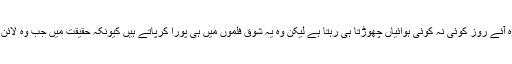
لاہور (ویب ڈیسک) ہمارے ہمسایہ ملک بھارت کو بہت شوق ہے کہ وہ آئے روز کوئی نہ کوئی ہوائیاں چھوڑتا ہی رہتا ہے لیکن وہ یہ شوق فلموں میں ہی پورا کرپاتے ہیں کیونکہ حقیقت میں جب وہ لائن آف کنٹرول کراس کرتے ہیں تو ان کے پسینے چھوٹنے لگ جاتے ہیں۔